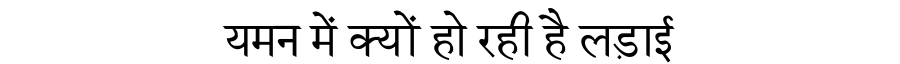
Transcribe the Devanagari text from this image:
यमन में क्यों हो रही है लड़ाई